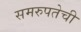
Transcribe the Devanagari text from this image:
समरुपतेची